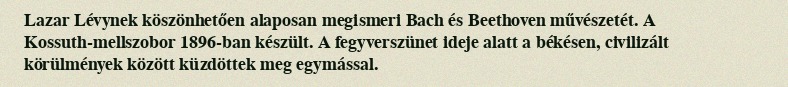
Lazar Lévynek köszönhetően alaposan megismeri Bach és Beethoven művészetét. A Kossuth-mellszobor 1896-ban készült. A fegyverszünet ideje alatt a békésen, civilizált körülmények között küzdöttek meg egymással.